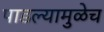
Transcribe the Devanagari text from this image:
पाडल्यामुळेच